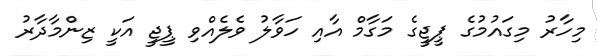
މިހާރު މިގައުމުގެ ޕީޖީގެ މަގާމް އާއި ހަވާލު ވެލެއްވި ޕީޖީ އަކީ ޒިންމާދާރު